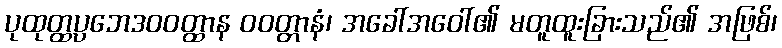
ပုထုတ္ထပ္ပဘေဒဝဝတ္ထာန ဝဝတ္တာနံ၊ အခေါ်အဝေါ်၏ မတူထူးခြားသည်၏ အဖြစ်၊